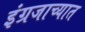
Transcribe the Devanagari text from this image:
इंग्रजाच्यात